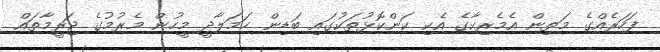
ފަހަރެއްގެ މަތިން އެމެރިކާގެ އެކި ކަންކޮޅުތަކުގައި ބަޑިން ހަމަލާދީ މީހުން މެރުމުގެ ޖަރީމާތައް